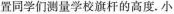
置同学们测量学校旗杆的高度.小